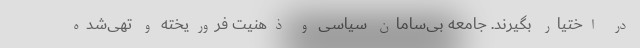
در اختیار بگیرند. جامعه بی‌سامان سیاسی و ذهنیت فروریخته و تهی‌شده